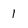
Character: 1